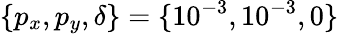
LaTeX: \{ p_{x},p_{y},\delta\} =\{ 10^{-3},10^{-3},0\}